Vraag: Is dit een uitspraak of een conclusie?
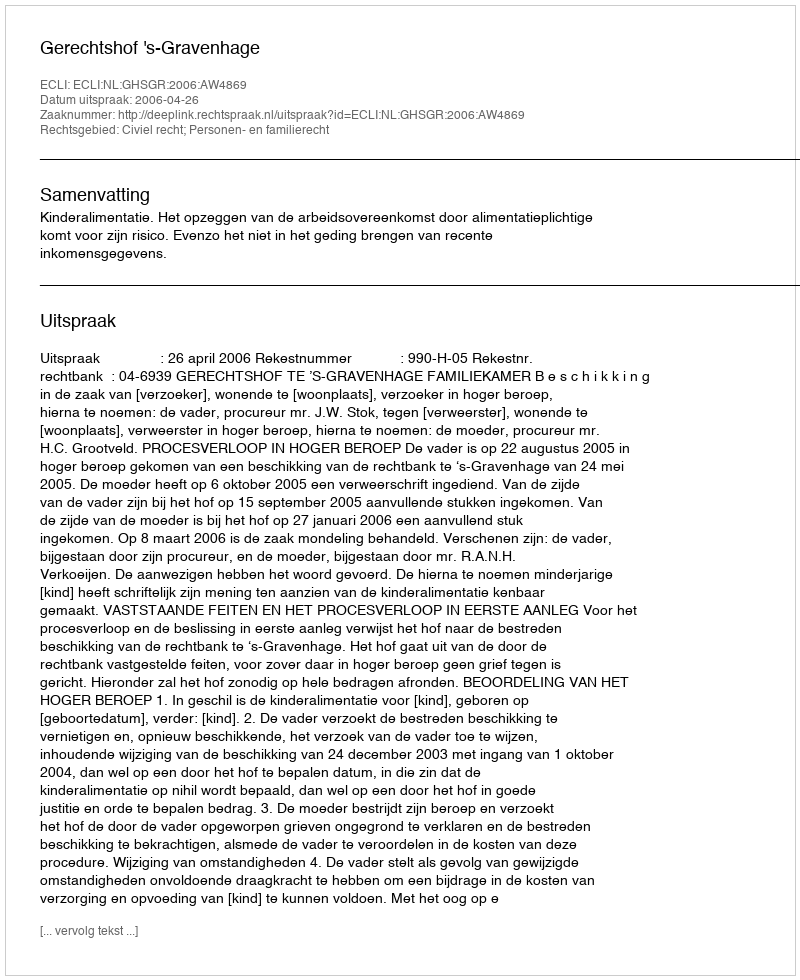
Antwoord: Uitspraak